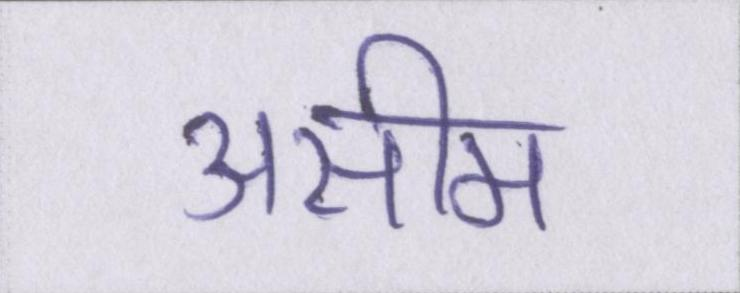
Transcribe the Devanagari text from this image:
असीम